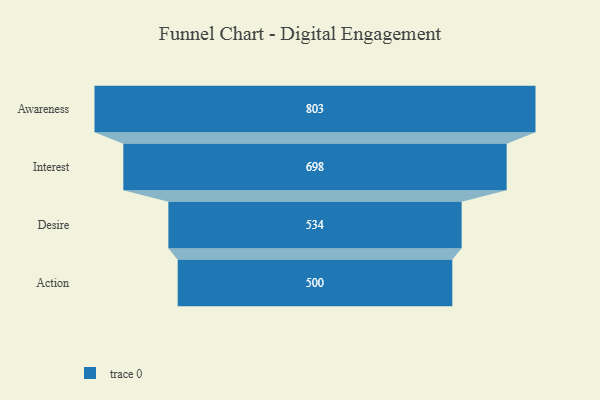
{"axis": {"x": "Stage", "y": "Value"}, "legend": [""], "data": [{"x": "Awareness", "y": 803.0, "type": ""}, {"x": "Interest", "y": 698.0, "type": ""}, {"x": "Desire", "y": 534.0, "type": ""}, {"x": "Action", "y": 500, "type": ""}]}